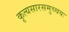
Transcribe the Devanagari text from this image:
कृत्यसारसमुच्चयः